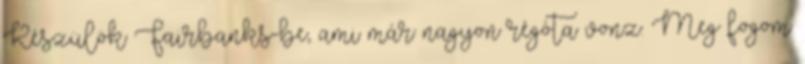
Készülök Fairbanks-be, ami már nagyon régóta vonz. Meg fogom